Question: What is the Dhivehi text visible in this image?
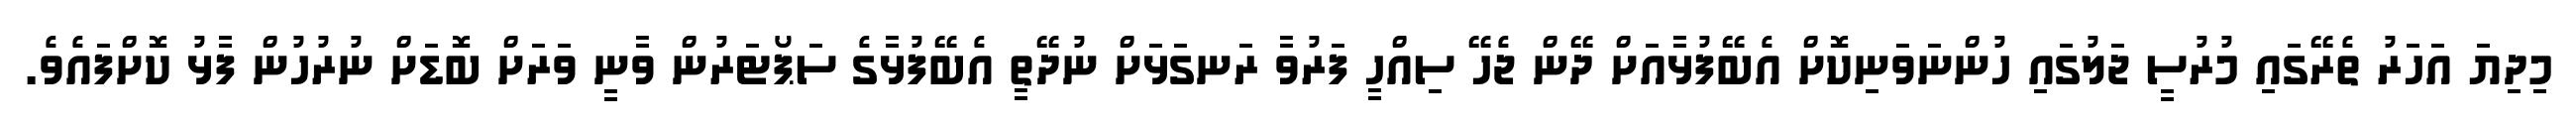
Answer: މިިދިޔަ އަހަރު ތެރޭގައި މުރުސީ ޖަލުގައި ހުންނަވަނިކޮށް އެބޭފުޅާއަށް ދޭން ޖެހޭ ސިއްހީ ފަރުވާ ރަނގަޅަށް ނުދޭތީ އެބޭފުޅާގެ ސަޕޯޓަރުން ވާނީ ވަރަށް ބޮޑަށް ނުރުހުން ފާޅު ކޮށްފައެވެ.